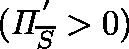
( \mathit { \Pi } _ { \overline { { S } } } ^ { ' } > 0 )